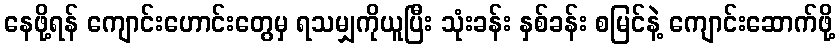
နေဖို့ရန် ကျောင်းဟောင်းတွေမှ ရသမျှကိုယူပြီး သုံးခန်း နှစ်ခန်း စမြင်နဲ့ ကျောင်းဆောက်ဖို့